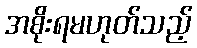
အစိုးရမဟုတ်သည့်